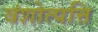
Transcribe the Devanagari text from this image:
वंशोत्पत्ति